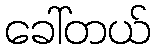
ခေါ်တယ်